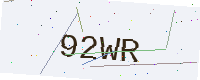
Text: 92WR